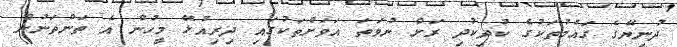
ދުނިޔޭގެ ގައުމުތަކުގެ ކުދިކުދި ރަށް ނުވަތަ އަވަށްތަކުގައި ދިރިއުޅޭ މީހުން އެ ތަންތަނުން